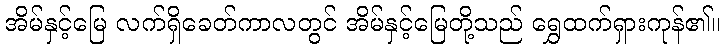
အိမ်နှင့်မြေ လက်ရှိခေတ်ကာလတွင် အိမ်နှင့်မြေတို့သည် ရွှေထက်ရှားကုန်၏။